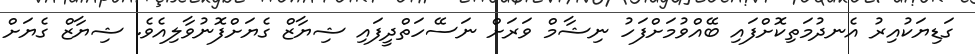
ގަޑިޔަކުއިރު އެނދުމަތިކޮށްފައި ބޭއްވުމަށްފަހު ނިޝާމް ވަރަށް ނަސޭހަތްދީފައި ޝިޔާޒް ގެޔަށްފޮނުވާލިއެވެ. ޝިޔާޒް ގެޔަށް